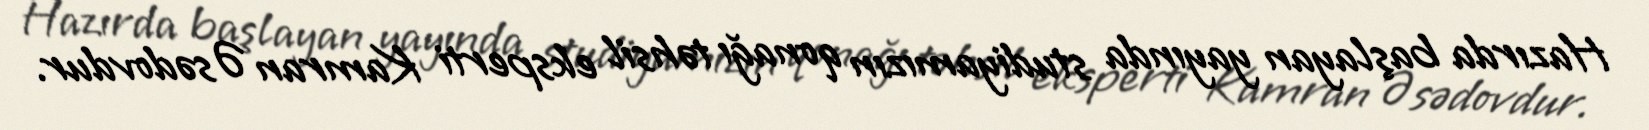
Hazırda başlayan yayında studiyamızın qonağı təhsil eksperti Kamran Əsədovdur.